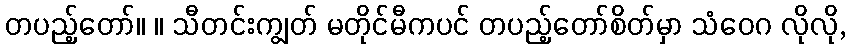
တပည့်တော်။ ။ သီတင်းကျွတ် မတိုင်မီကပင် တပည့်တော်စိတ်မှာ သံဝေဂ လိုလို,